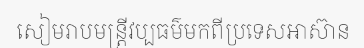
សៀមរាបមន្ត្រីវប្បធម៌មកពីប្រទេសអាស៊ាន